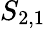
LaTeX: S_{2,1}